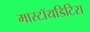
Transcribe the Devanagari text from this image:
मास्टॉयडिटिस